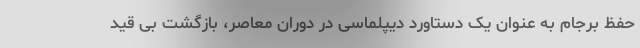
حفظ برجام به عنوان یک دستاورد دیپلماسی در دوران معاصر، بازگشت بی قید